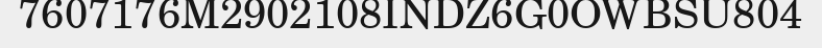
7607176M2902108INDZ6G0OWBSU804